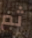
ثم